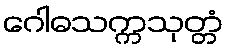
ဂေါဓသက္ကသုတ္တံ